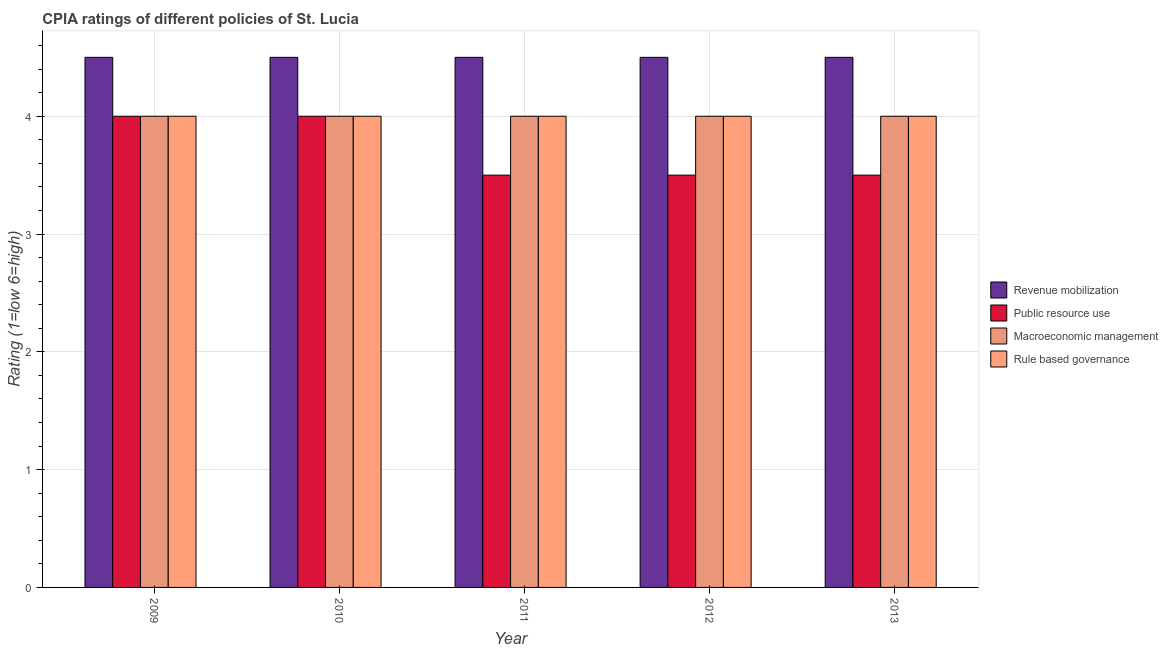
| Year | Revenue mobilization | Public resource use | Macroeconomic management | Rule based governance |
 | --- | --- | --- | --- | --- |
 | 2009 | 4.5 | 4 | 4 | 4 |
 | 2010 | 4.5 | 4 | 4 | 4 |
 | 2011 | 4.5 | 3.5 | 4 | 4 |
 | 2012 | 4.5 | 3.5 | 4 | 4 |
 | 2013 | 4.5 | 3.5 | 4 | 4 |